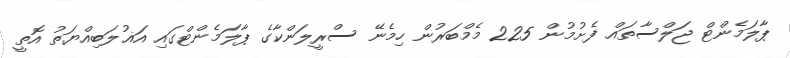
ޕާލަމެންޓް ޖަލްސާތައް ފެށުމުން 225 މެމްބަރުން ހިމެނޭ ސްރީލަންކާގެ ޕާލަމެންޓްގައި އަޣުލަބިއްޔަތު އޮތީ